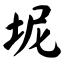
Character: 坭